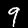
Digit: 9